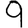
Digit: 9